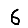
Digit: 6